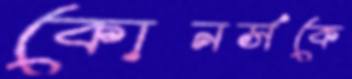
কোনর্সকে